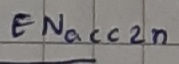
Text: ENacc2n